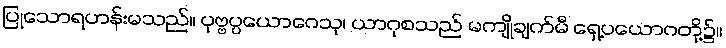
ပြုသောရဟန်းမသည်။ ပုဗ္ဗပ္ပယောဂေသု၊ ယာဂုစသည် မကျိုချက်မီ ရှေ့ပယောဂတို့၌။